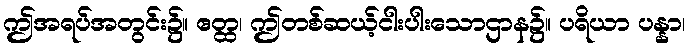
ဤအရပ်အတွင်း၌။ ဧတ္ထ၊ ဤတစ်ဆယ့်ငါးပါးသောဌာန၌။ ပရိယာ ပန္နာ၊